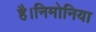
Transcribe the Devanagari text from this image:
है।निमोनिया